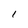
Character: l